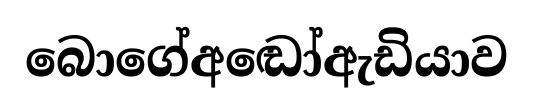
බොගේඅඬෝඇඩියාව